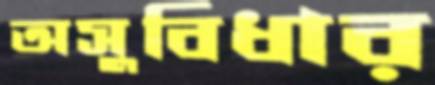
অসুবিধার